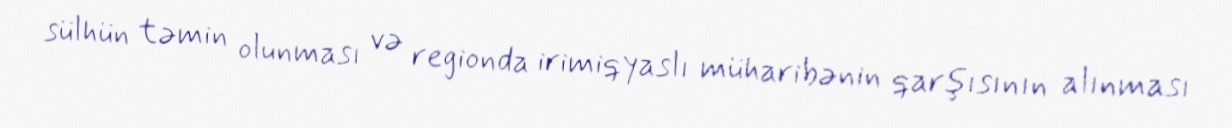
sülhün təmin olunması və regionda irimiqyaslı müharibənin qarşısının alınması